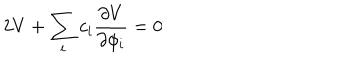
LaTeX: 2 V + \sum _ { i } c _ { i } { \frac { \partial V } { \partial \phi _ { i } } } = 0